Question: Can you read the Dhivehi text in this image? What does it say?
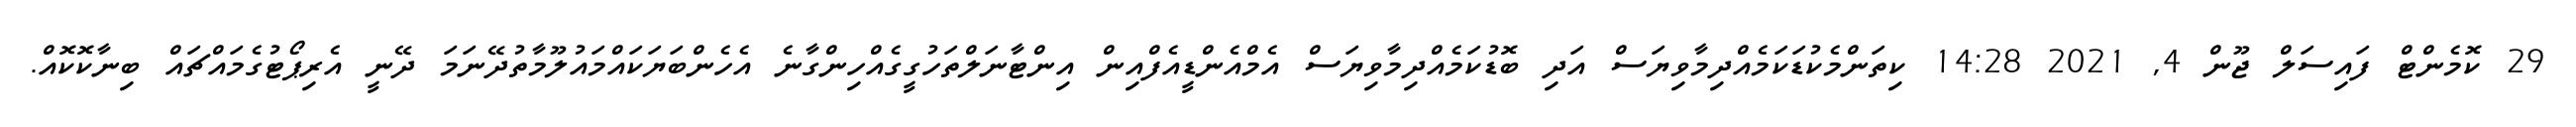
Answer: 29 ކޮމެންޓް ފައިސަލް ޖޫން 4, 2021 14:28 ކިތަންމެކުޑަކަމެއްދިމާވިޔަސް އަދި ބޮޑުކަމެއްދިމާވިޔަސް އެމްއެންޑީއެފްއިން އިންޓާނަލްތަހުގީގެއްހިންގާނެ އެހެންބަޔަކައްމައުލޫމާތުދޭނަމަ ދޭނީ އެރިޕޯޓުގެމައްޗައް ބިނާކޮކޮއް.